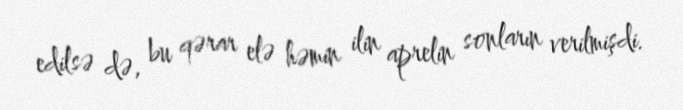
edilsə də, bu qərar elə həmin ilin aprelin sonların verilmişdi.